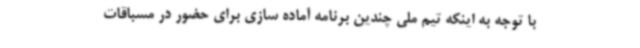
با توجه به اینکه تیم ملی چندین برنامه آماده سازی برای حضور در مسباقات